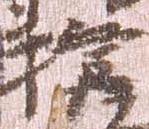
権